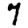
Digit: 7